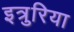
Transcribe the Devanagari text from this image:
इत्रुरिया